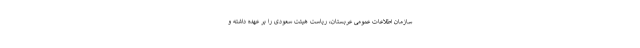
سازمان اطلاعات عمومی عربستان، ریاست هیئت سعودی را بر عهده داشته و